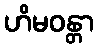
ဟိမဝန္တာ